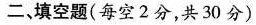
二，填空题(每空2分，共30分)